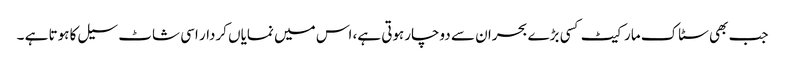
جب بھی سٹاک مارکیٹ کسی بڑے بحران سے دوچارہوتی ہے، اس میں نمایاں کردار اسی شاٹ سیل کا ہوتا ہے ۔